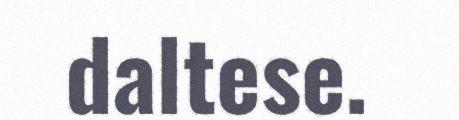
daltese.